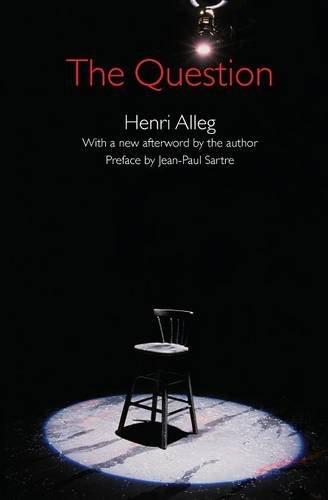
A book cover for The Question; Henri Alleg; History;